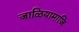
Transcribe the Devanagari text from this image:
जाळियामाजि